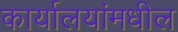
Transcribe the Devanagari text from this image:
कार्यालयांमधील